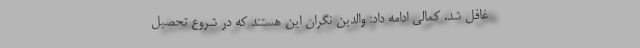
غافل شد. کمالی ادامه داد: والدین نگران این هستند که در شروع تحصیل